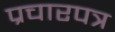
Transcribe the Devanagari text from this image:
प्रचारपत्र